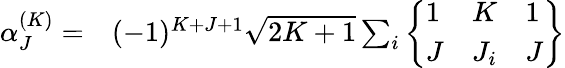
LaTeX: \begin{array}{rl}{\alpha_{J}^{(K)}=}&{{}(-1)^{K+J+1}\sqrt{2K+1}\sum_{i}\left\{ \begin{array}{lll}{1}&{K}&{1}\\ {J}&{J_{i}}&{J}\end{array}\right\} }\end{array}